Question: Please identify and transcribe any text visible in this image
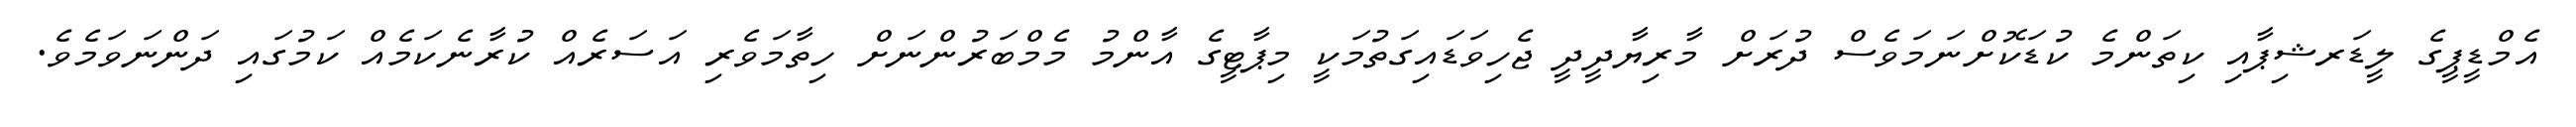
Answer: އެމްޑީޕީގެ ލީޑަރޝިޕާއި ކިތަންމެ ކުޑަކޮށްނަމަވެސް ދުރަށް މާރިޔާދީދީ ޖެހިވަޑައިގަތުމަކީ މިޕާޓީގެ އާންމު މެމްބަރުންނަށް ހިތާމަވެރި އަސަރެއް ކުރާނެކަމެއް ކަމުގައި ދަންނަވަމެވެ.